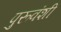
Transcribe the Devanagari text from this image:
पुरूवंशी